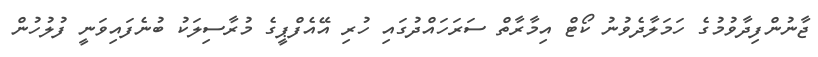
ޖާނުންފިދާވުމުގެ ހަމަލާދެވުނު ކޯޓް އިމާރާތް ސަރަހައްދުގައި ހުރި އޭއެފްޕީގެ މުރާސިލަކު ބުނެފައިވަނީ ފުލުހުން